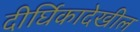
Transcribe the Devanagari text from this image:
दीर्घिकादेखील